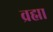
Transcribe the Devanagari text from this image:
व्रह्मा